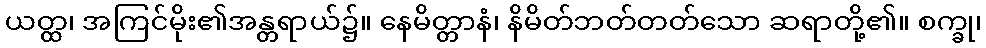
ယတ္ထ၊ အကြင်မိုး၏အန္တရာယ်၌။ နေမိတ္တာနံ၊ နိမိတ်ဘတ်တတ်သော ဆရာတို့၏။ စက္ခု၊